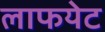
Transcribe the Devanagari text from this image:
लाफयेट